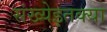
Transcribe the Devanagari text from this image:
संख्येइतक्या